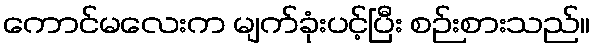
ကောင်မလေးက မျက်ခုံးပင့်ပြီး စဉ်းစားသည်။